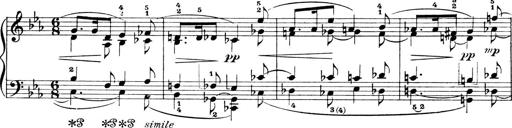
Title: 4 Sonatines
Composer: Max Reger